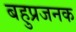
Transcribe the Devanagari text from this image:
बहुप्रजनक